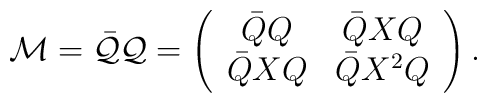
{\cal M} = \bar{\cal Q} {\cal Q} =\left( \begin{array}{cc} \bar{Q}Q & \bar{Q} XQ \\\bar{Q} XQ & \bar{Q}X^2 Q\end{array} \right).